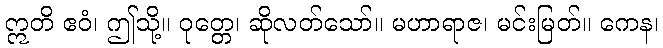
ဣတိ ဧဝံ၊ ဤသို့။ ဝုတ္တေ၊ ဆိုလတ်သော်။ မဟာရာဇ၊ မင်းမြတ်။ ကေန၊